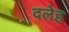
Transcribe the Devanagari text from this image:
दलेह